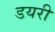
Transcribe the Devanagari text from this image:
डयरी